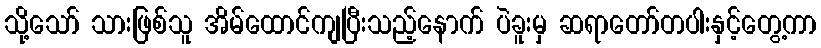
သို့သော် သားဖြစ်သူ အိမ်ထောင်ကျပြီးသည့်နောက် ပဲခူးမှ ဆရာတော်တပါးနှင့်တွေ့ကာ